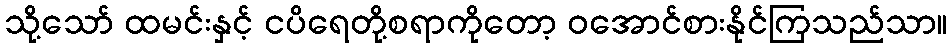
သို့သော် ထမင်းနှင့် ငပိရေတို့စရာကိုတော့ ဝအောင်စားနိုင်ကြသည်သာ။